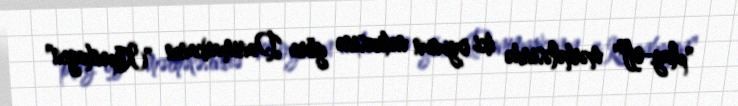
"play-off" mərhələsində iki oyunun nəticəsinə görə Danimarkanın "Kopenhagen"